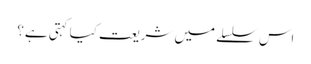
اس سلسلے میں شریعت کیا کہتی ہے؟